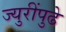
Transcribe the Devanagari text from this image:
ज्युरींपुढे